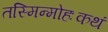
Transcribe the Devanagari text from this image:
तस्मिन्मोहःकथं